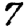
Digit: 7